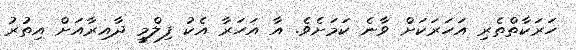
ހަރަކާތްތެރި އަހަރަކަށް ވާނެ ކަމަށެވެ. އާ އަހަރާ އެކު ފިލްމީ ދާއިރާއަށް އިތުރު